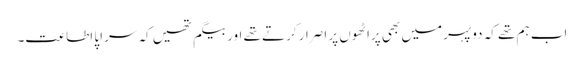
اب ہم تھے کہ دوپہر میں بھی پراٹھوں پر اصرار کرتے تھے اور بیگم تھیں کہ سراپا اطاعت۔